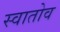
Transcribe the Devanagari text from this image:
स्वातोव